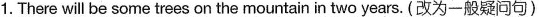
1.There will be some trees on the mountainin two years.(改为一般疑问句)